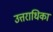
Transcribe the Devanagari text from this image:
उत्तराधिका